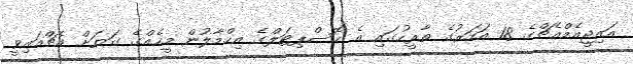
އައިޖީއެމްއެޗްގެ 18 އަހަރުގެ ތާރީހުގައި އެ ހޮސްޕިޓަލްގެ އިހްމާލުން މީހެއްގެ ގަޔަށް އެޗްއައިވީ